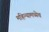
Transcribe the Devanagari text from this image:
महिन्यामध्येच